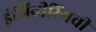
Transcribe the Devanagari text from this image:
इंजिनीरिंगची